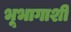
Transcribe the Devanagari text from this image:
भूभागाशी